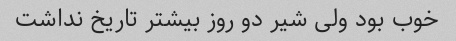
خوب بود ولی شیر دو روز بیشتر تاریخ نداشت